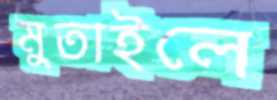
মুতাইলে